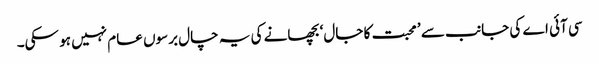
سی آئی اے کی جانب سے ’ محبت کا جال‘ بچھانے کی یہ چال برسوں عام نہیں ہو سکی۔